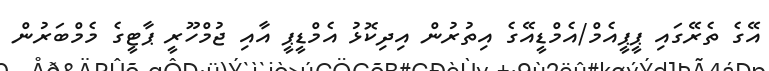
އޭގެ ތެރޭގައި ޕީޕީއެމް/އެމްޑީއޭގެ އިތުރުން އިދިކޮޅު އެމްޑީޕީ އާއި ޖުމްހޫރީ ޕާޓީގެ މެމްބަރުން